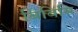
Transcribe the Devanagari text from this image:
बिबिसि